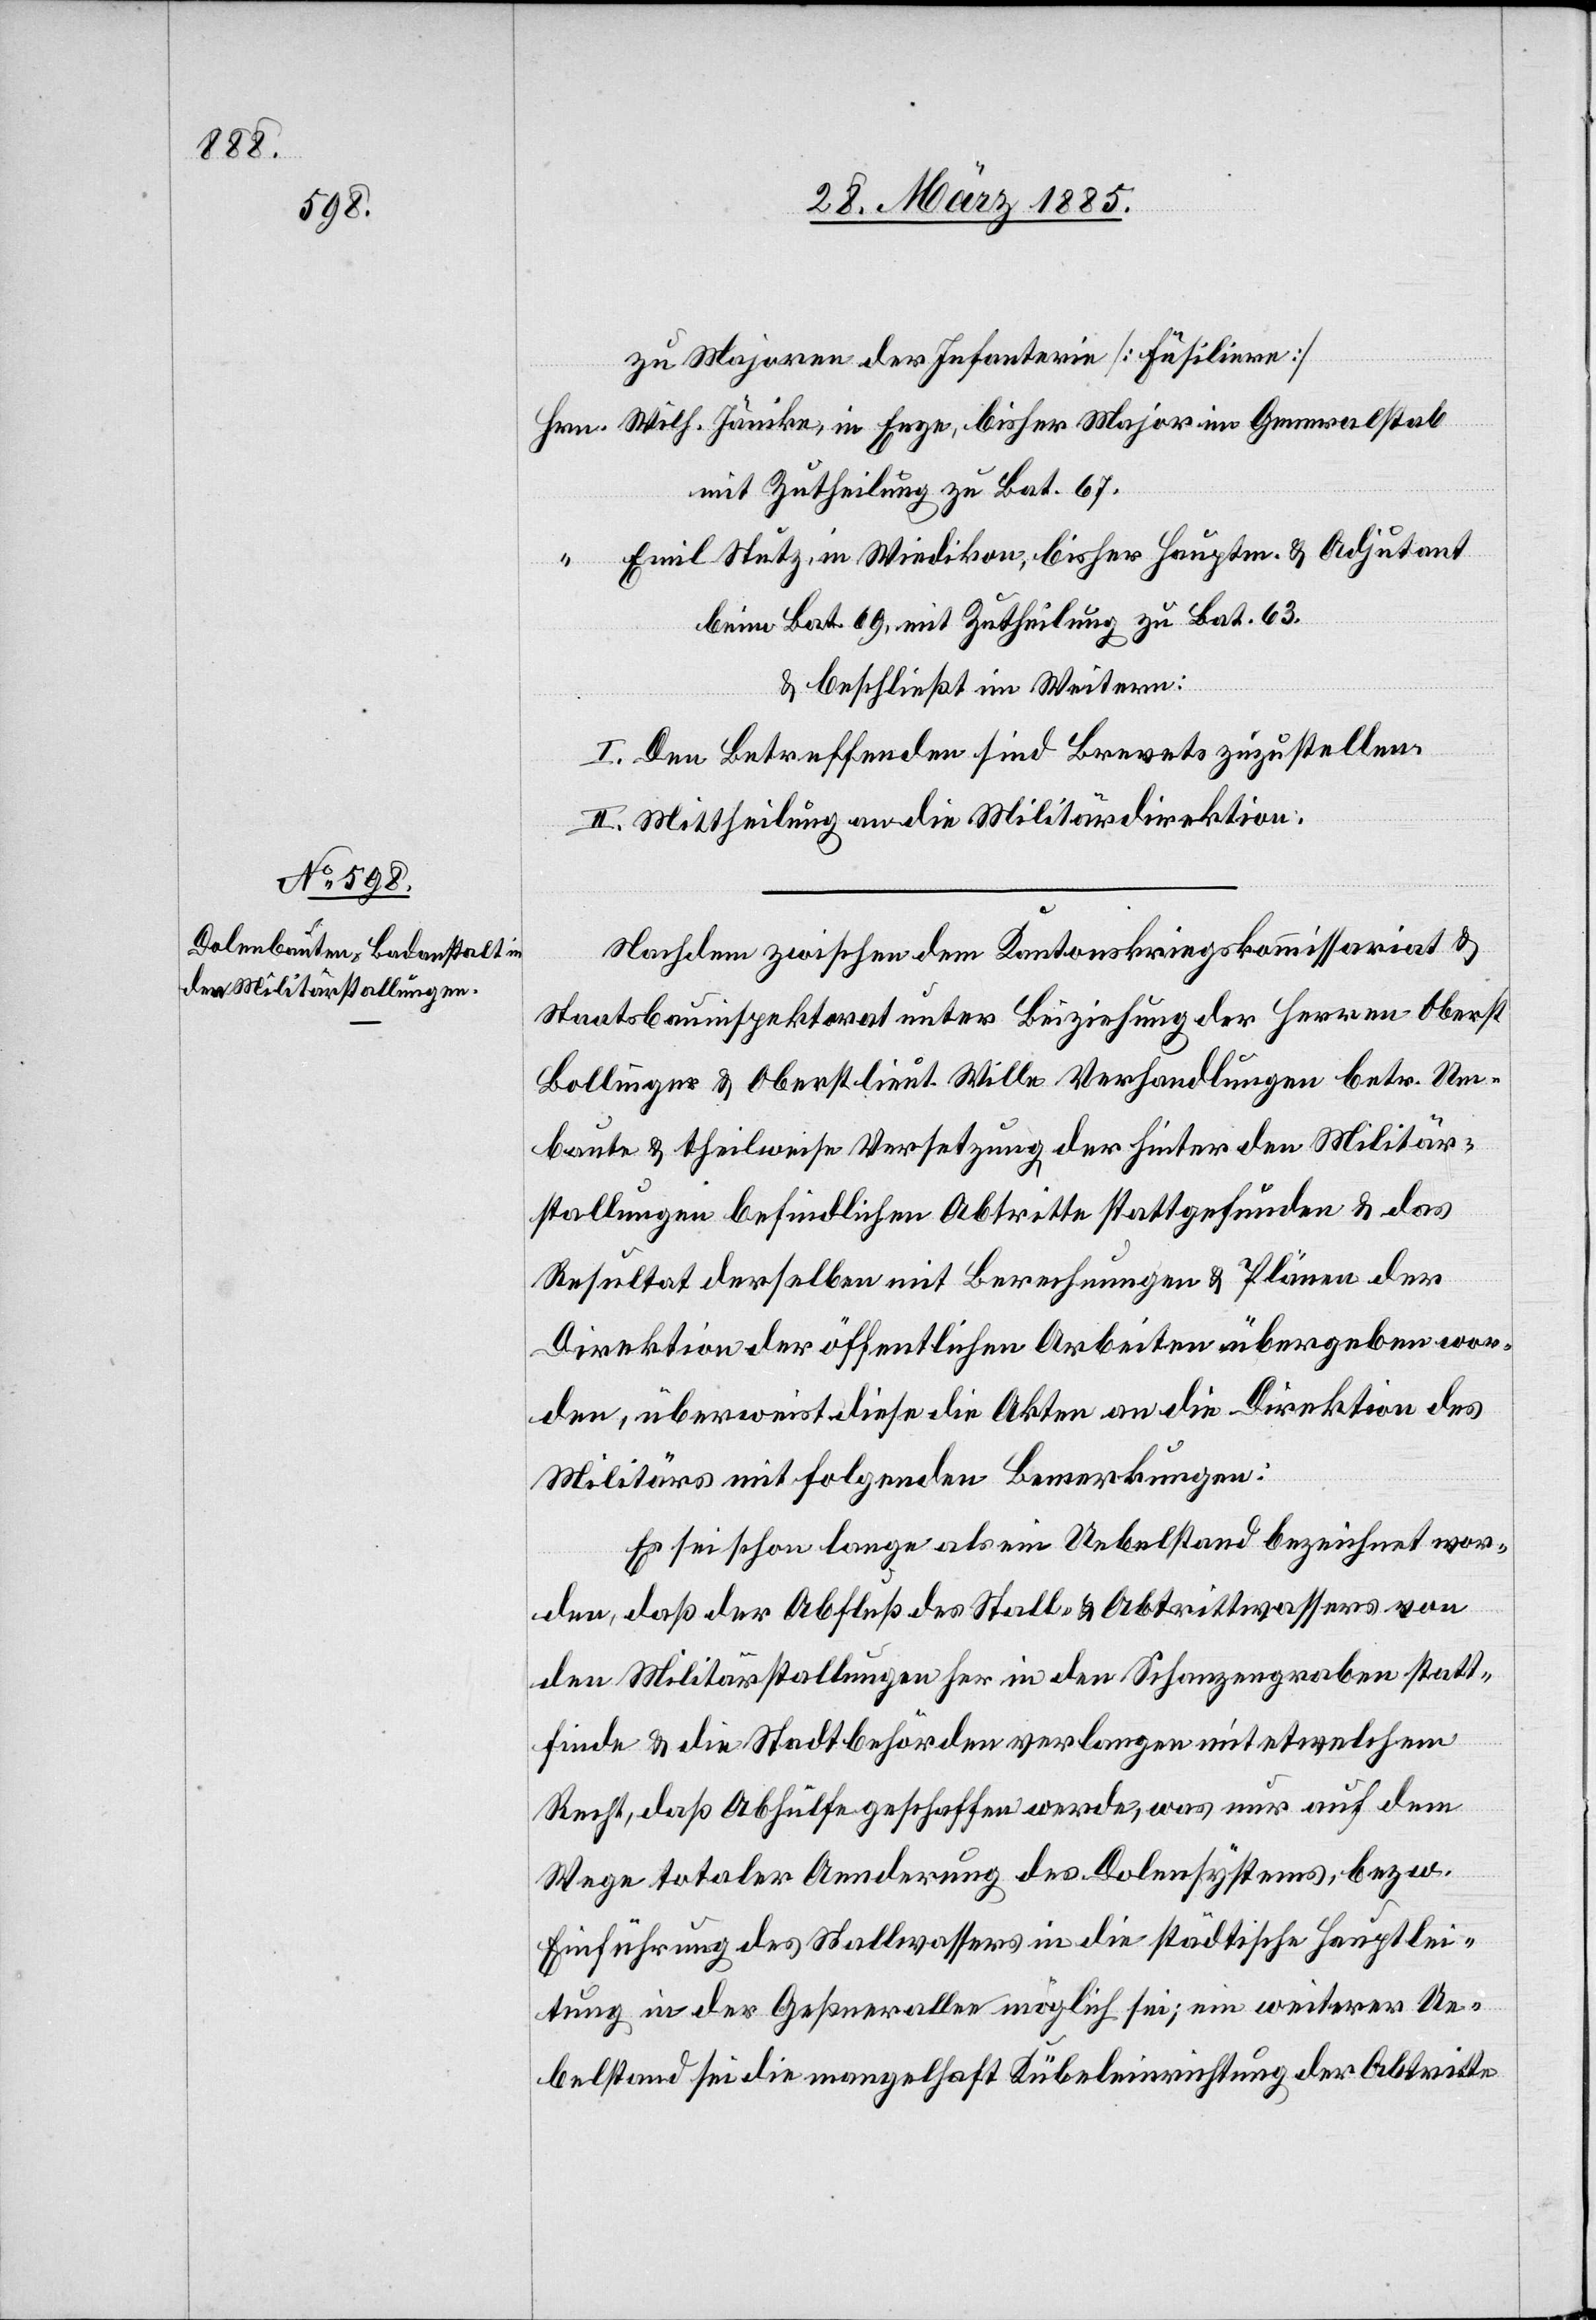
zu Majoren der Infanterie [Füsiliere]
Hrn. Wilh. Jänike, in Enge, bisher Major im Generalstab
mit Zutheilung zu Bat. 67.
“ Emil Stutz, in Wiedikon, bisher Hauptm. & Adjutant
beim Bat. 69, mit Zutheilung zu Bat. 63.
& beschließt im Weitern:
I. Den Betreffenden sind Brevets zuzustellen.
II. Mittheilung an die Militärdirektion.
Nachdem zwischen dem Kantonskriegskommissariat &
Staatsbauinspektorat unter Beiziehung der Herren Oberst
Bollinger & Oberstlieut. Wille Verhandlungen betr. Um¬
baute & theilweise Versetzung der hinter den Militär¬
stallungen befindlichen Abtritte stattgefunden & das
Resultat derselben mit Berechnungen & Plänen der
Direktion der öffentlichen Arbeiten übergeben wor¬
den, überweist diese die Akten an die Direktion des
Militärs mit folgenden Bemerkungen:
Es sei schon lange als ein Uebelstand bezeichnet wor¬
den, daß der Abfluß des Stall- & Abtrittswassers von
den Militärstallungen her in den Schanzengraben statt¬
finde & die Stadtbehörden verlangen mit etwelchem
Recht, daß Abhülfe geschaffen werde, was nur auf dem
Wege totaler Aenderung des Dolensystems, bezw.
Einführung des Stallwassers in die städtische Hauptlei¬
tung in der Geßnerallee möglich sei; ein weiterer Ue¬
belstand sei die mangelhaft[e] Kübeleinrichtung der Abtritte